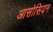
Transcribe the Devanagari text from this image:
आसोसियन